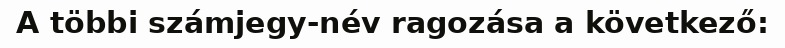
A többi számjegy-név ragozása a következő: